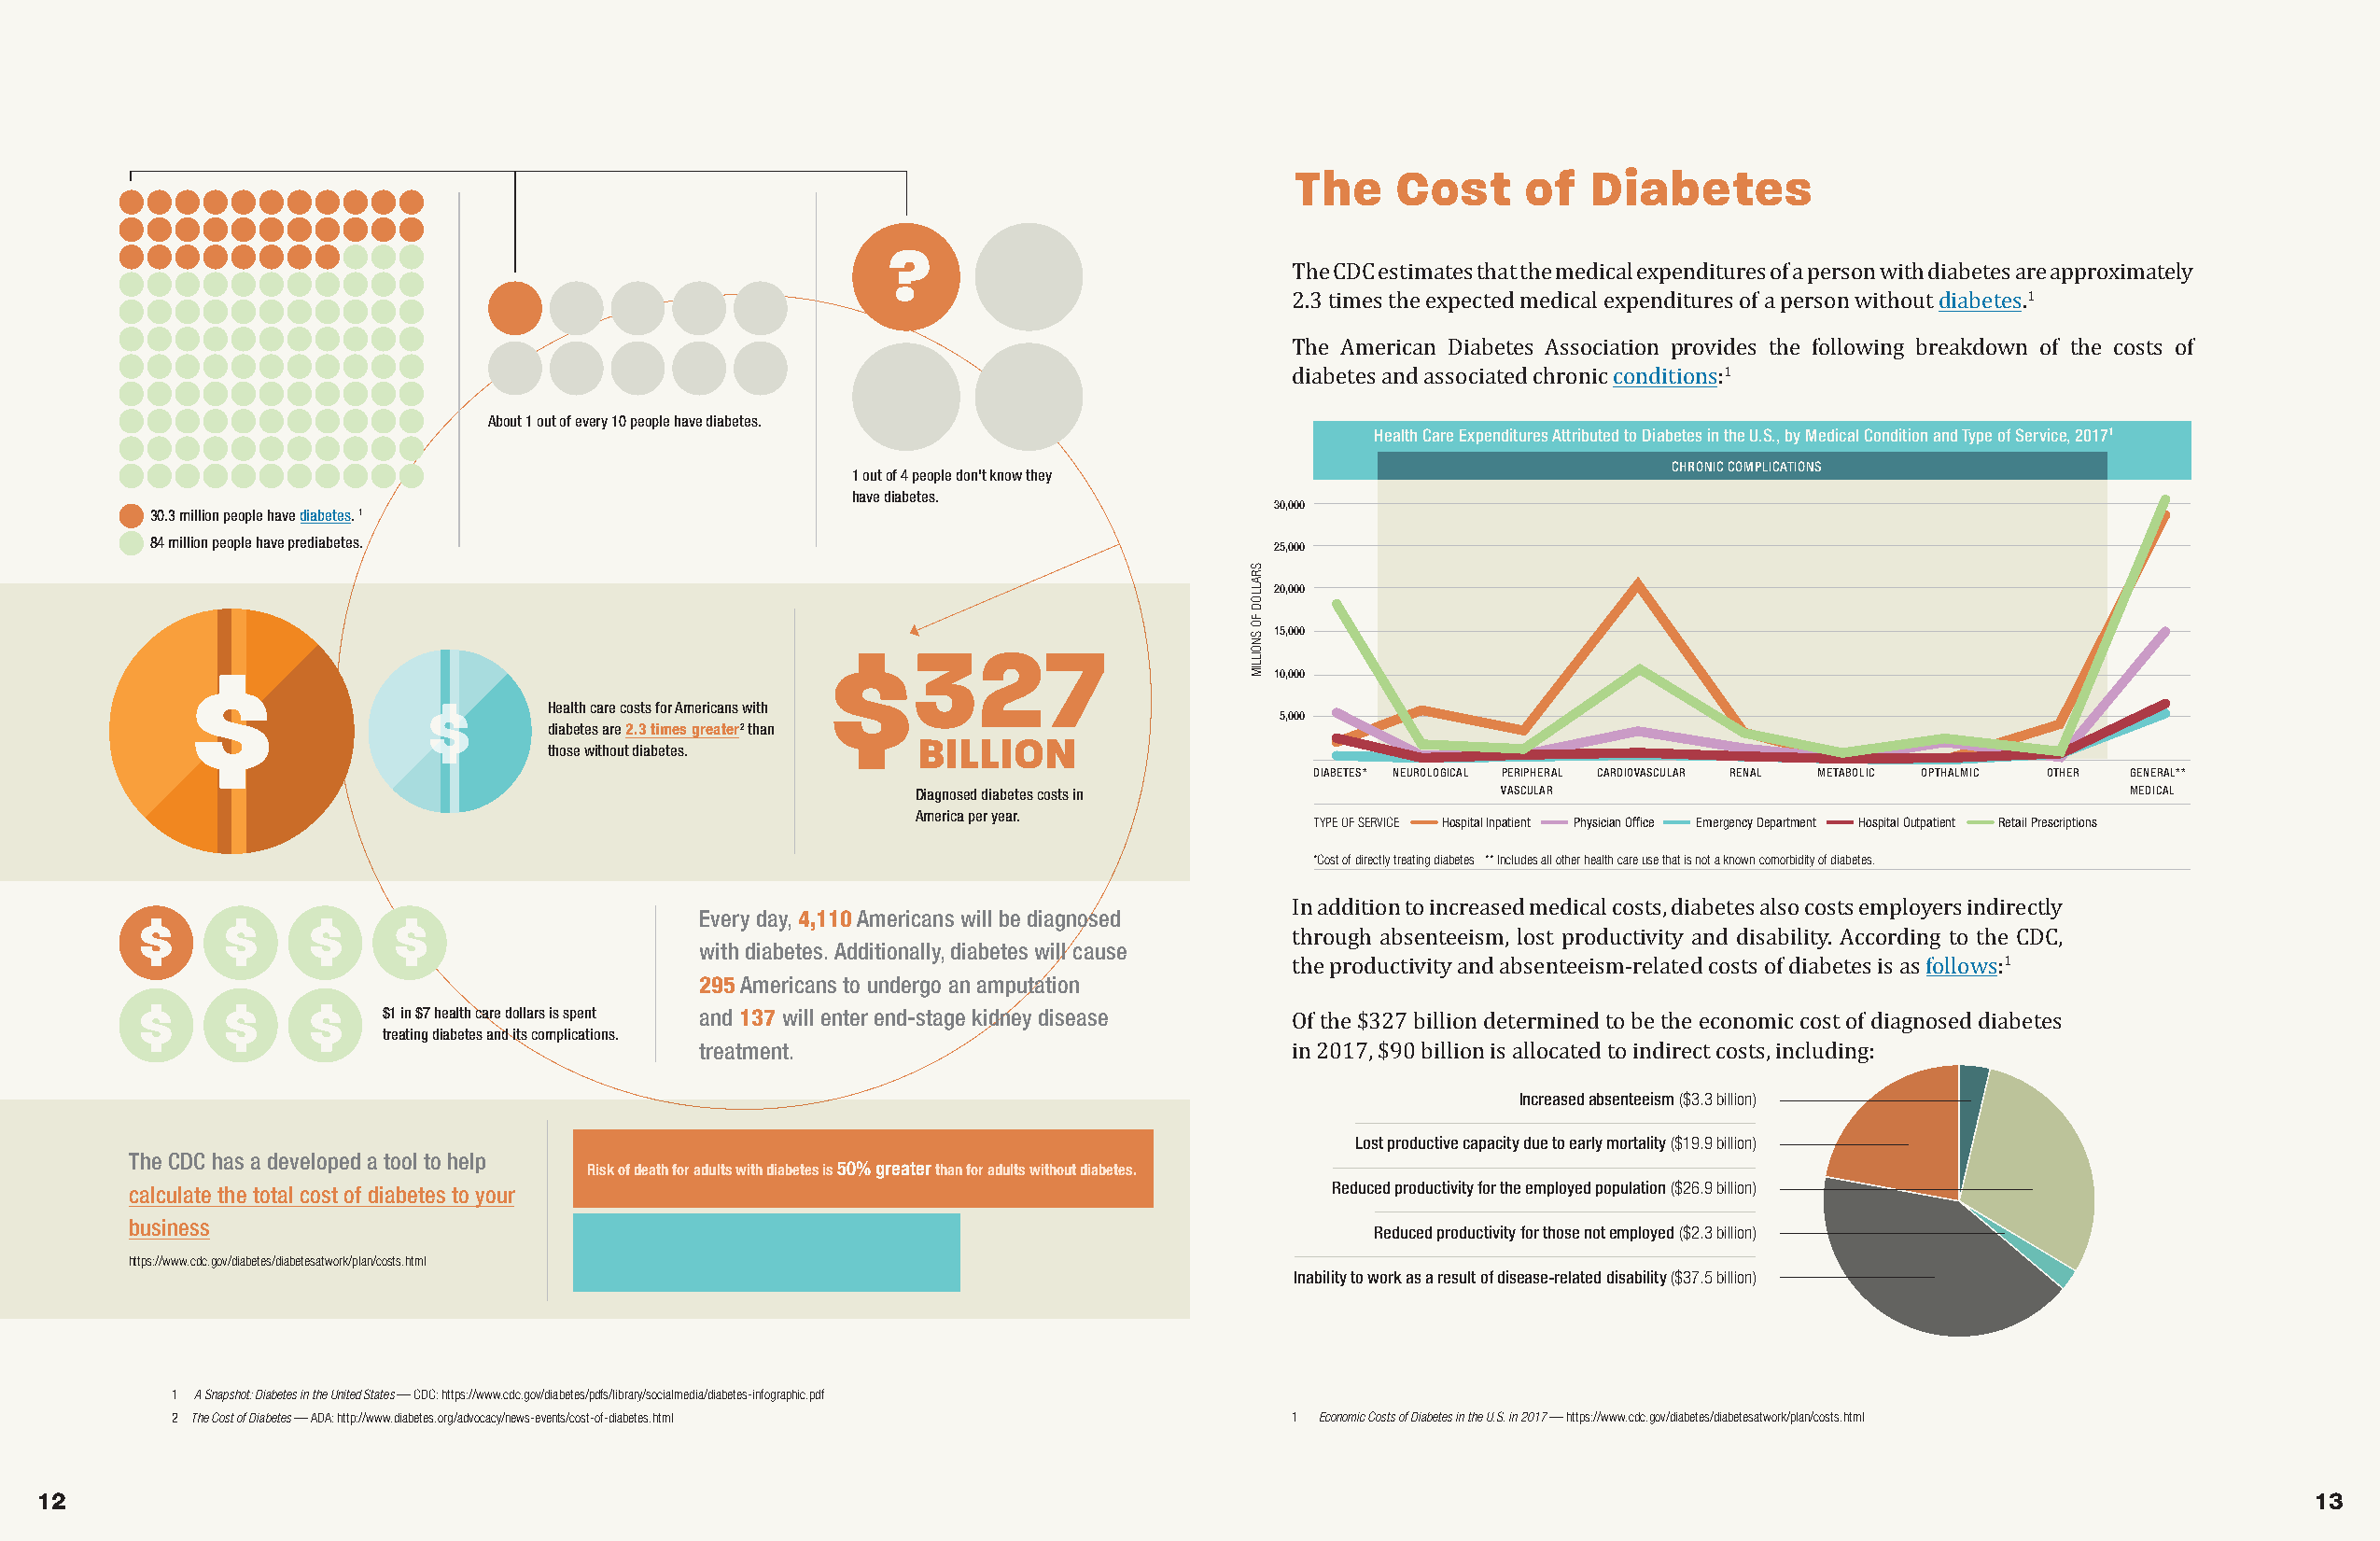
The    Cost     of   Diabetes
 ?
 The CDC estimates that the medical expenditures of a person with diabetes are approximately
 1
 2.3 times the expected medical expenditures of a person without diabetes.
 The American Diabetes Association provides the following breakdown of the costs of
 1
 About 1 out of every 10 people have diabetes.            diabetes and associated chronic conditions:
 Health Care Expenditures Attributed to Diabetes in the U.S., by Medical Condition and Type of Service, 20171
 CHRONIC COMPLICATIONS
 1 out of 4 people don't know they
 have diabetes.
 30,000
 30.3 million people have diabetes. 1
 84 million people have prediabetes.                                            25,000
 20,000
 15,000
 $327
 $                                                                           10,000
 $        Health care costs for Americans with
 5,000
 diabetes are 2.3 times greater2 than
 BILLION
 those without diabetes.
 DIABETES* NEUROLOGICAL PERIPHERAL CARDIOVASCULAR RENAL METABOLIC OPTHALMIC OTHER GENERAL**
 Diagnosed diabetes costs in              VASCULAR                                     MEDICAL
 America per year.
 TYPE OF SERVICE Hospital Inpatient Physician Office Emergency Department Hospital Outpatient Retail Prescriptions
 *Cost of directly treating diabetes ** Includes all other health care use that is not a known comorbidity of diabetes.
 $     $     $     $                     Every day, 4,110 Americans will be diagnosed
 with diabetes. Additionally, diabetes will cause
 In addition to increased medical costs, diabetes also costs employers indirectly
 295 Americans to undergo an amputation    through absenteeism, lost productivity and disability. According to the CDC,
 1
 $     $     $
 $1 in $7 health care dollars is spent and 137 will enter end-stage kidney disease the productivity and absenteeism-related costs of diabetes is as follows:
 treating diabetes and its complications.
 treatment.
 Of the $327 billion determined to be the economic cost of diagnosed diabetes
 in 2017, $90 billion is aInllcorecaasetde adb steon tieneidsmir (e$3c.t3 cbiolliosnt)s, including:
 Lost productive capacity due to early mortality ($19.9 billion)
 The CDC has a developed a tool to help
 Risk of death for adults with diabetes is 50% greater than for adults without diabetes.
 calculate the total cost of diabetes to your                                         Reduced productivity for the employed population ($26.9 billion)
 business
 Reduced productivity for those not employed ($2.3 billion)
 https://www.cdc.gov/diabetes/diabetesatwork/plan/costs.html
 Inability to work as a result of disease-related disability ($37.5 billion)
 1 A Snapshot: Diabetes in the United States — CDC: https://www.cdc.gov/diabetes/pdfs/library/socialmedia/diabetes-infographic.pdf
 2 The Cost of Diabetes — ADA: http://www.diabetes.org/advocacy/news-events/cost-of-diabetes.html 1 Economic Costs of Diabetes in the U.S. in 2017 — https://www.cdc.gov/diabetes/diabetesatwork/plan/costs.html
 12                                                                                                                                                               13
 SRALLOD
 FO
 SNOILLIM